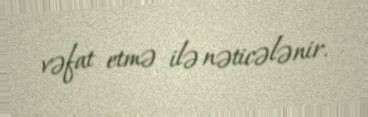
vəfat etmə ilə nəticələnir.